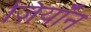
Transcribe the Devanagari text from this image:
ज़ियॉन